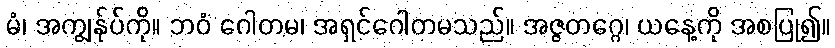
မံ၊ အကျွန်ုပ်ကို။ ဘဝံ ဂေါတမ၊ အရှင်ဂေါတမသည်။ အဇ္ဇတဂ္ဂေ၊ ယနေ့ကို အစပြု၍။